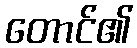
တောင်၏